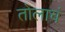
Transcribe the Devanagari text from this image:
तोलाचं